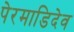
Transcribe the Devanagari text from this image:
पेरमाडिदेव